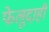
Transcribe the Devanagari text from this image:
फेलूदाही